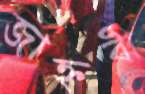
জাহ্নবী